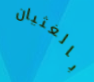
بالغثيان